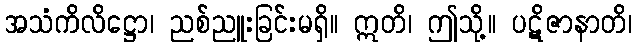
အသံကိလိဋ္ဌော၊ ညစ်ညူးခြင်းမရှိ။ ဣတိ၊ ဤသို့။ ပဋိဇာနာတိ၊